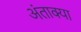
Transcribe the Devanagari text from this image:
अंताक्या